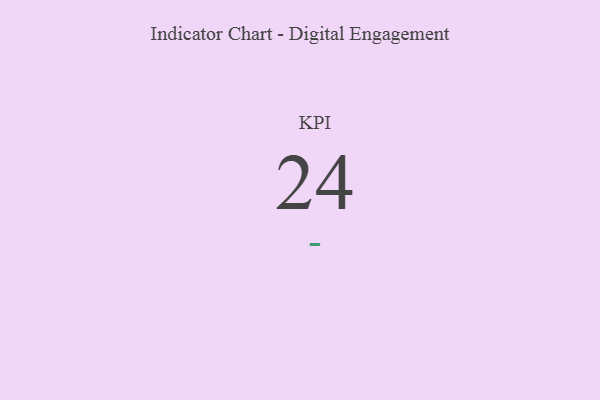
{"axis": {"x": "KPI", "y": "Value"}, "legend": [""], "data": [{"x": "KPI", "y": 24, "type": ""}]}